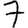
Digit: 7